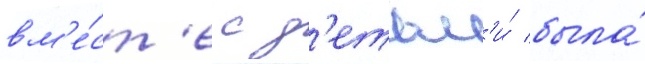
вм'е́ст'е с д'етьм'и́ была́